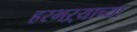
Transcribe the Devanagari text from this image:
हरभऱ्याच्या